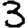
Digit: 3